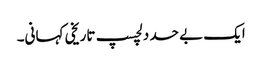
ایک بے حد دلچسپ تاریخی کہانی۔